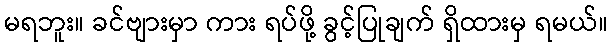
မရဘူး။ ခင်ဗျားမှာ ကား ရပ်ဖို့ ခွင့်ပြုချက် ရှိထားမှ ရမယ်။